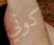
كوني